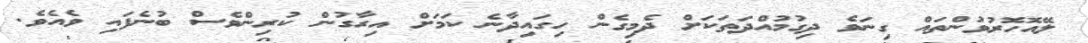
ލޭއޮހޮރުވުންތައް ގިނަވެ ދިގުމުއްދަތަކަށް ދެމިގެން ހިގައިދާނެ ކަމަށް އިރާގުން ކުރިންވެސް ބުނެފައި ވެއެވެ.